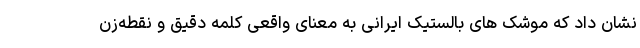
نشان داد که موشک های بالستیک ایرانی به معنای واقعی کلمه دقیق و نقطه‌زن